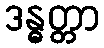
ဒန္ဓတ္တာ